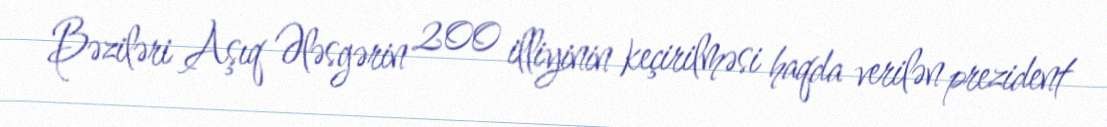
Bəziləri Aşıq Ələsgərin 200 illiyinin keçirilməsi haqda verilən prezident